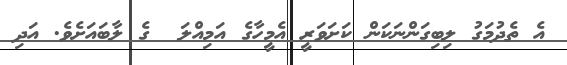
އެ ތެދުމަގު ލިބިގަންނަކަން ކަށަވަރީ އެމީހާގެ އަމިއްލަ  ގެ ލާބައަށެވެ. އަދި